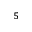
^ { 5 }